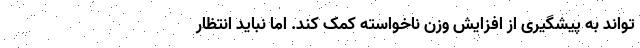
تواند به پیشگیری از افزایش وزن ناخواسته کمک کند. اما نباید انتظار